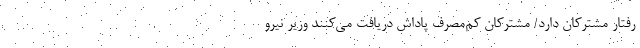
رفتار مشترکان دارد/ مشترکان کم‌مصرف پاداش دریافت می‌کنند وزیر نیرو